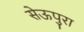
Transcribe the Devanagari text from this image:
सेऊपुरा